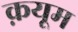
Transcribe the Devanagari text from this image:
क़यूम